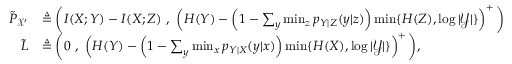
\begin{array} { r l } { \Tilde { P } _ { \mathcal { X } ^ { \prime } } } & { \triangleq \bigg ( I ( X ; Y ) - I ( X ; Z ) \ , \ \left( H ( Y ) - \left( 1 - \sum _ { y } \operatorname* { m i n } _ { z } p _ { Y | Z } ( y | z ) \right) \operatorname* { m i n } \{ H ( Z ) , \log | \mathcal { Y } | \} \right) ^ { + } \bigg ) } \\ { \tilde { L } } & { \triangleq \bigg ( 0 \ , \ \left( H ( Y ) - \left( 1 - \sum _ { y } \operatorname* { m i n } _ { x } p _ { Y | X } ( y | x ) \right) \operatorname* { m i n } \{ H ( X ) , \log | \mathcal { Y } | \} \right) ^ { + } \bigg ) , } \end{array}